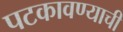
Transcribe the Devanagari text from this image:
पटकावण्याची